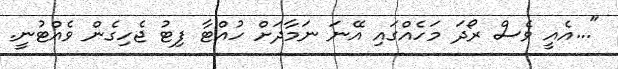
"...އެއީ ވެސް ރޯދަ މަހެއްގައި އޭނަ ނަމާދަށް ހުއްޓާ ފިޓު ޖެހިގެން ވެއްޓުނީ.